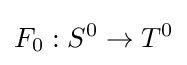
F_{0}:S^{0}\rightarrow T^{0}